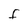
Character: F